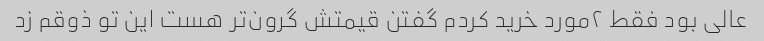
عالی بود فقط ٢مورد خرید کردم گفتن قیمتش گرون‌تر هست این تو ذوقم زد